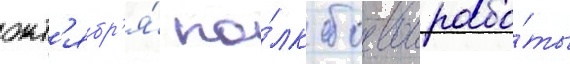
окт'ябр'я́ по́лк боевои рабо́ты